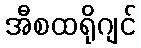
အီစထရိုဂျင်